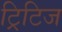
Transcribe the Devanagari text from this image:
ट्रिटिज